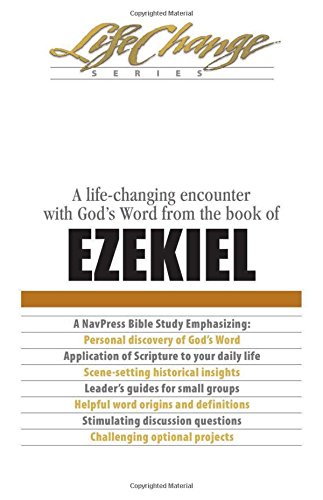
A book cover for Ezekiel (LifeChange); Christian Books & Bibles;